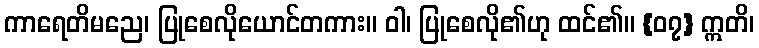
ကာရေတိမညေ၊ ပြုစေလိုယောင်တကား။ ဝါ၊ ပြုစေလို၏ဟု ထင်၏။ {၀၇} ဣတိ၊